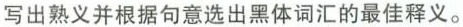
写出熟义并根据句意选出黑体词汇的最佳释义。